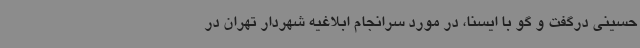
حسینی درگفت و گو با ایسنا، در مورد سرانجام ابلاغیه شهردار تهران در